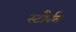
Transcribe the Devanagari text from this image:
स्टौर्बल